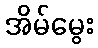
အိမ်မွေး